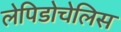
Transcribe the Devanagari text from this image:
लेपिडोचेलिस